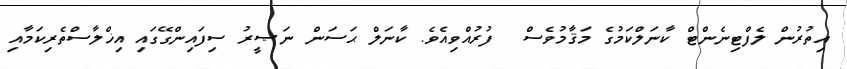
އިތުރުން ލެފްޓިނެންޓް ކާނަލްކަމުގެ މަޤާމުވެސް  ފުރުއްވިއެވެ. ކާނަލް ޙަސަން ނަޞީރު ސިފައިންގޭގައި އިޚްލާސްތެރިކަމާއި